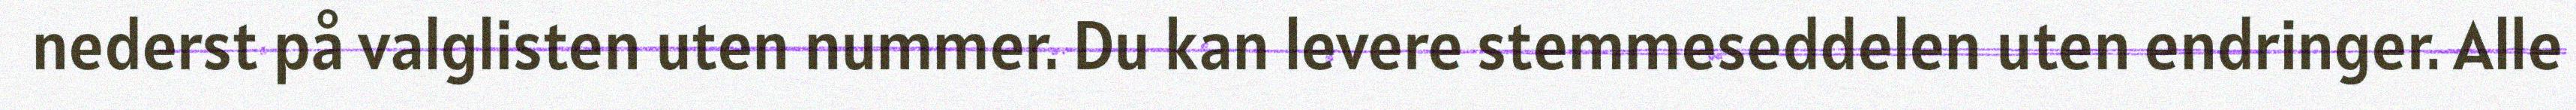
nederst på valglisten uten nummer. Du kan levere stemmeseddelen uten endringer. Alle